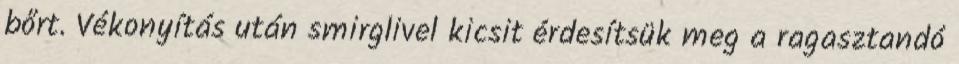
bőrt. Vékonyítás után smirglivel kicsit érdesítsük meg a ragasztandó